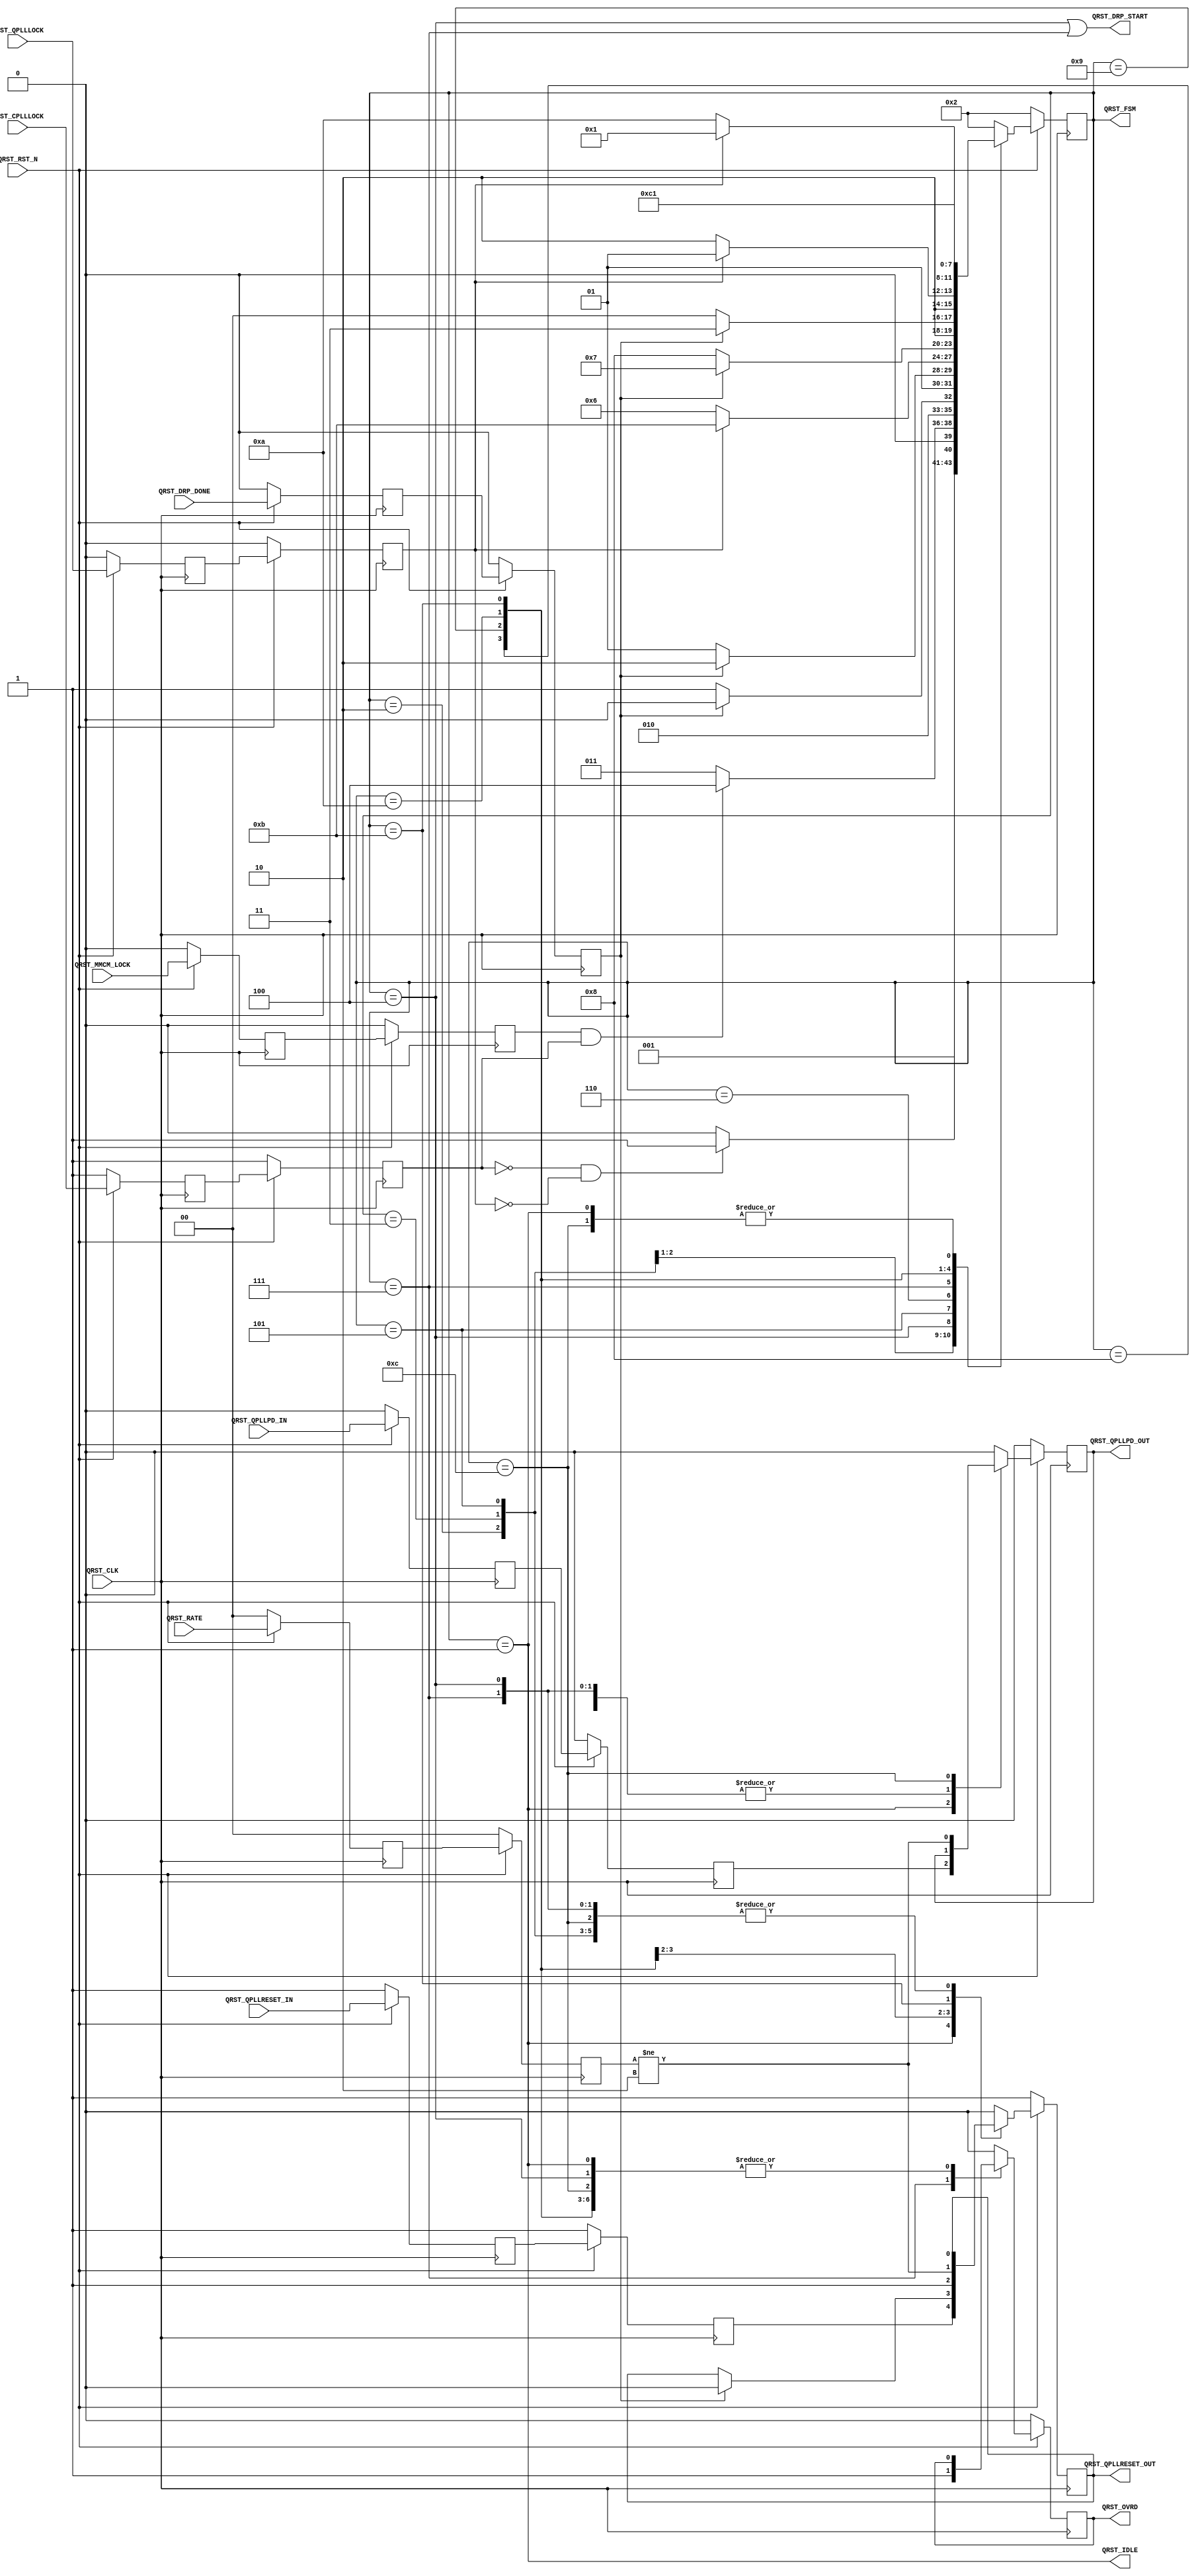
//-----------------------------------------------------------------------------
//
// (c) Copyright 2010-2011 Xilinx, Inc. All rights reserved.
//
// This file contains confidential and proprietary information
// of Xilinx, Inc. and is protected under U.S. and
// international copyright and other intellectual property
// laws.
//
// DISCLAIMER
// This disclaimer is not a license and does not grant any
// rights to the materials distributed herewith. Except as
// otherwise provided in a valid license issued to you by
// Xilinx, and to the maximum extent permitted by applicable
// law: (1) THESE MATERIALS ARE MADE AVAILABLE "AS IS" AND
// WITH ALL FAULTS, AND XILINX HEREBY DISCLAIMS ALL WARRANTIES
// AND CONDITIONS, EXPRESS, IMPLIED, OR STATUTORY, INCLUDING
// BUT NOT LIMITED TO WARRANTIES OF MERCHANTABILITY, NON-
// INFRINGEMENT, OR FITNESS FOR ANY PARTICULAR PURPOSE; and
// (2) Xilinx shall not be liable (whether in contract or tort,
// including negligence, or under any other theory of
// liability) for any loss or damage of any kind or nature
// related to, arising under or in connection with these
// materials, including for any direct, or any indirect,
// special, incidental, or consequential loss or damage
// (including loss of data, profits, goodwill, or any type of
// loss or damage suffered as a result of any action brought
// by a third party) even if such damage or loss was
// reasonably foreseeable or Xilinx had been advised of the
// possibility of the same.
//
// CRITICAL APPLICATIONS
// Xilinx products are not designed or intended to be fail-
// safe, or for use in any application requiring fail-safe
// performance, such as life-support or safety devices or
// systems, Class III medical devices, nuclear facilities,
// applications related to the deployment of airbags, or any
// other applications that could lead to death, personal
// injury, or severe property or environmental damage
// (individually and collectively, "Critical
// Applications"). Customer assumes the sole risk and
// liability of any use of Xilinx products in Critical
// Applications, subject only to applicable laws and
// regulations governing limitations on product liability.
//
// THIS COPYRIGHT NOTICE AND DISCLAIMER MUST BE RETAINED AS
// PART OF THIS FILE AT ALL TIMES.
//
//-----------------------------------------------------------------------------
// Project    : Series-7 Integrated Block for PCI Express
// Version    : 3.2
//------------------------------------------------------------------------------
//  Description  :  QPLL Reset Module for 7 Series Transceiver
//  Version      :  11.4
//------------------------------------------------------------------------------


`timescale 1ns / 1ps



//---------- QPLL Reset Module --------------------------------------------------
(* DowngradeIPIdentifiedWarnings = "yes" *)
module PCIeGen2x8If128_qpll_reset #
(

    //---------- Global ------------------------------------
    parameter PCIE_PLL_SEL       = "CPLL",                  // PCIe PLL select for Gen1/Gen2 only
    parameter PCIE_POWER_SAVING  = "TRUE",                  // PCIe power saving
    parameter PCIE_LANE          = 1,                       // PCIe number of lanes
    parameter BYPASS_COARSE_OVRD = 1                        // Bypass coarse frequency override

)

(

    //---------- Input -------------------------------------
    input                           QRST_CLK,
    input                           QRST_RST_N,
    input                           QRST_MMCM_LOCK,
    input       [PCIE_LANE-1:0]     QRST_CPLLLOCK,
    input       [(PCIE_LANE-1)>>2:0]QRST_DRP_DONE,
    input       [(PCIE_LANE-1)>>2:0]QRST_QPLLLOCK,
    input       [ 1:0]              QRST_RATE,
    input       [PCIE_LANE-1:0]     QRST_QPLLRESET_IN,
    input       [PCIE_LANE-1:0]     QRST_QPLLPD_IN,
    
    //---------- Output ------------------------------------                     
    output                          QRST_OVRD,
    output                          QRST_DRP_START,
    output                          QRST_QPLLRESET_OUT,
    output                          QRST_QPLLPD_OUT,
    output                          QRST_IDLE,
    output      [3:0]               QRST_FSM

);

    //---------- Input Register ----------------------------
(* ASYNC_REG = "TRUE", SHIFT_EXTRACT = "NO" *)    reg                             mmcm_lock_reg1;
(* ASYNC_REG = "TRUE", SHIFT_EXTRACT = "NO" *)    reg         [PCIE_LANE-1:0]     cplllock_reg1;
(* ASYNC_REG = "TRUE", SHIFT_EXTRACT = "NO" *)    reg         [(PCIE_LANE-1)>>2:0]drp_done_reg1;
(* ASYNC_REG = "TRUE", SHIFT_EXTRACT = "NO" *)    reg         [(PCIE_LANE-1)>>2:0]qplllock_reg1;
(* ASYNC_REG = "TRUE", SHIFT_EXTRACT = "NO" *)    reg         [ 1:0]              rate_reg1;
(* ASYNC_REG = "TRUE", SHIFT_EXTRACT = "NO" *)    reg         [PCIE_LANE-1:0]     qpllreset_in_reg1;
(* ASYNC_REG = "TRUE", SHIFT_EXTRACT = "NO" *)    reg         [PCIE_LANE-1:0]     qpllpd_in_reg1;

(* ASYNC_REG = "TRUE", SHIFT_EXTRACT = "NO" *)    reg                             mmcm_lock_reg2;
(* ASYNC_REG = "TRUE", SHIFT_EXTRACT = "NO" *)    reg         [PCIE_LANE-1:0]     cplllock_reg2;  
(* ASYNC_REG = "TRUE", SHIFT_EXTRACT = "NO" *)    reg         [(PCIE_LANE-1)>>2:0]drp_done_reg2;
(* ASYNC_REG = "TRUE", SHIFT_EXTRACT = "NO" *)    reg         [(PCIE_LANE-1)>>2:0]qplllock_reg2;
(* ASYNC_REG = "TRUE", SHIFT_EXTRACT = "NO" *)    reg         [ 1:0]              rate_reg2;
(* ASYNC_REG = "TRUE", SHIFT_EXTRACT = "NO" *)    reg         [PCIE_LANE-1:0]     qpllreset_in_reg2;
(* ASYNC_REG = "TRUE", SHIFT_EXTRACT = "NO" *)    reg         [PCIE_LANE-1:0]     qpllpd_in_reg2;
    
    //---------- Output Register  --------------------------
    reg                             ovrd              =  1'd0;
    reg                             qpllreset         =  1'd1;
    reg                             qpllpd            =  1'd0;
    reg         [3:0]               fsm               =  2;                 
   
    //---------- FSM ---------------------------------------                                         
    localparam                      FSM_IDLE          = 1;//12'b000000000001; 
    localparam                      FSM_WAIT_LOCK     = 2;//12'b000000000010;
    localparam                      FSM_MMCM_LOCK     = 3;//12'b000000000100;   
    localparam                      FSM_DRP_START_NOM = 4;//12'b000000001000;
    localparam                      FSM_DRP_DONE_NOM  = 5;//12'b000000010000;
    localparam                      FSM_QPLLLOCK      = 6;//12'b000000100000;
    localparam                      FSM_DRP_START_OPT = 7;//12'b000001000000;                            
    localparam                      FSM_DRP_DONE_OPT  = 8;//12'b000010000000;
    localparam                      FSM_QPLL_RESET    = 9;//12'b000100000000;                                                         
    localparam                      FSM_QPLLLOCK2     = 10;//12'b001000000000;
    localparam                      FSM_QPLL_PDRESET  = 11;//12'b010000000000;
    localparam                      FSM_QPLL_PD       = 12;//12'b100000000000;                                         
 
 
    
//---------- Input FF ----------------------------------------------------------
always @ (posedge QRST_CLK)
begin

    if (!QRST_RST_N)
        begin    
        //---------- 1st Stage FF --------------------------
        mmcm_lock_reg1    <=  1'd0;
        cplllock_reg1     <= {PCIE_LANE{1'd1}}; 
        drp_done_reg1     <= {(((PCIE_LANE-1)>>2)+1){1'd0}};     
        qplllock_reg1     <= {(((PCIE_LANE-1)>>2)+1){1'd0}}; 
        rate_reg1         <=  2'd0; 
        qpllreset_in_reg1 <= {PCIE_LANE{1'd1}}; 
        qpllpd_in_reg1    <= {PCIE_LANE{1'd0}}; 
        //---------- 2nd Stage FF --------------------------
        mmcm_lock_reg2    <=  1'd0;
        cplllock_reg2     <= {PCIE_LANE{1'd1}};
        drp_done_reg2     <= {(((PCIE_LANE-1)>>2)+1){1'd0}}; 
        qplllock_reg2     <= {(((PCIE_LANE-1)>>2)+1){1'd0}}; 
        rate_reg2         <=  2'd0;
        qpllreset_in_reg2 <= {PCIE_LANE{1'd1}}; 
        qpllpd_in_reg2    <= {PCIE_LANE{1'd0}};  
        end
    else
        begin  
        //---------- 1st Stage FF --------------------------
        mmcm_lock_reg1    <= QRST_MMCM_LOCK;   
        cplllock_reg1     <= QRST_CPLLLOCK; 
        drp_done_reg1     <= QRST_DRP_DONE; 
        qplllock_reg1     <= QRST_QPLLLOCK;
        rate_reg1         <= QRST_RATE; 
        qpllreset_in_reg1 <= QRST_QPLLRESET_IN;
        qpllpd_in_reg1    <= QRST_QPLLPD_IN;
        //---------- 2nd Stage FF --------------------------
        mmcm_lock_reg2    <= mmcm_lock_reg1;
        cplllock_reg2     <= cplllock_reg1;
        drp_done_reg2     <= drp_done_reg1; 
        qplllock_reg2     <= qplllock_reg1;
        rate_reg2         <= rate_reg1;
        qpllreset_in_reg2 <= qpllreset_in_reg1;
        qpllpd_in_reg2    <= qpllpd_in_reg1;
        end
        
end    



//---------- QPLL Reset FSM ----------------------------------------------------
always @ (posedge QRST_CLK)
begin

    if (!QRST_RST_N)
        begin
        fsm       <= FSM_WAIT_LOCK;
        ovrd      <= 1'd0;
        qpllreset <= 1'd1;
        qpllpd    <= 1'd0;
        end
    else
        begin
        
        case (fsm)
            
        //---------- Idle State ----------------------------
        FSM_IDLE :
        
            begin
            if (!QRST_RST_N)
                begin
                fsm       <= FSM_WAIT_LOCK;
                ovrd      <= 1'd0;
                qpllreset <= 1'd1;
                qpllpd    <= 1'd0;
                end
            else
                begin
                fsm       <= FSM_IDLE;
                ovrd      <= ovrd;
                qpllreset <= &qpllreset_in_reg2;
                qpllpd    <= &qpllpd_in_reg2;
                end
            end  
            
        //---------- Wait for CPLL and QPLL to Lose Lock ---
        FSM_WAIT_LOCK :
        
            begin
            fsm       <= ((&(~cplllock_reg2)) && (&(~qplllock_reg2)) ? FSM_MMCM_LOCK : FSM_WAIT_LOCK);
            ovrd      <= ovrd;
            qpllreset <= qpllreset;
            qpllpd    <= qpllpd;
            end      
            
        //---------- Wait for MMCM and CPLL Lock -----------
        FSM_MMCM_LOCK :
        
            begin
            fsm       <= ((mmcm_lock_reg2 && (&cplllock_reg2)) ? FSM_DRP_START_NOM : FSM_MMCM_LOCK);
            ovrd      <= ovrd;
            qpllreset <= qpllreset;
            qpllpd    <= qpllpd;
            end      
            
        //---------- Start QPLL DRP for Normal QPLL Lock Mode 
        FSM_DRP_START_NOM:
        
            begin
            fsm       <= (&(~drp_done_reg2) ? FSM_DRP_DONE_NOM : FSM_DRP_START_NOM);
            ovrd      <= ovrd;
            qpllreset <= qpllreset;
            qpllpd    <= qpllpd;
            end

        //---------- Wait for QPLL DRP Done ----------------
        FSM_DRP_DONE_NOM :
        
            begin
            fsm       <= (&drp_done_reg2 ? FSM_QPLLLOCK : FSM_DRP_DONE_NOM);
            ovrd      <= ovrd;
            qpllreset <= qpllreset;
            qpllpd    <= qpllpd;
            end 
            
        //---------- Wait for QPLL Lock --------------------
        FSM_QPLLLOCK :
        
            begin
            fsm       <= (&qplllock_reg2 ? ((BYPASS_COARSE_OVRD == 1) ? FSM_QPLL_PDRESET : FSM_DRP_START_OPT) : FSM_QPLLLOCK);
            ovrd      <= ovrd;
            qpllreset <= 1'd0;
            qpllpd    <= qpllpd;
            end
            
        //---------- Start QPLL DRP for Optimized QPLL Lock Mode 
        FSM_DRP_START_OPT:
        
            begin
            fsm       <= (&(~drp_done_reg2) ? FSM_DRP_DONE_OPT : FSM_DRP_START_OPT);
            ovrd      <= 1'd1;
            qpllreset <= qpllreset;
            qpllpd    <= qpllpd;
            end

        //---------- Wait for QPLL DRP Done ----------------
        FSM_DRP_DONE_OPT :
        
            begin
            if (&drp_done_reg2)
                begin
                fsm       <= ((PCIE_PLL_SEL == "QPLL") ? FSM_QPLL_RESET : FSM_QPLL_PDRESET);
                ovrd      <= ovrd;
                qpllreset <= (PCIE_PLL_SEL == "QPLL");
                qpllpd    <= qpllpd;
                end
            else
                begin
                fsm       <= FSM_DRP_DONE_OPT;
                ovrd      <= ovrd;
                qpllreset <= qpllreset;
                qpllpd    <= qpllpd;
                end
            end 
            
        //---------- Reset QPLL ----------------------------
        FSM_QPLL_RESET :
            
            begin
            fsm       <= (&(~qplllock_reg2) ? FSM_QPLLLOCK2 : FSM_QPLL_RESET);  
            ovrd      <= ovrd;
            qpllreset <= 1'd1;
            qpllpd    <= 1'd0;
            end     
            
        //---------- Wait for QPLL Lock --------------------
        FSM_QPLLLOCK2 :
        
            begin
            fsm       <= (&qplllock_reg2 ? FSM_IDLE : FSM_QPLLLOCK2);
            ovrd      <= ovrd;
            qpllreset <= 1'd0;
            qpllpd    <= 1'd0;
            end
            
        //---------- Hold QPLL in Reset --------------------
        FSM_QPLL_PDRESET :
        
            begin
            fsm       <= FSM_QPLL_PD;
            ovrd      <= ovrd;
            qpllreset <= (PCIE_PLL_SEL == "CPLL") ? (rate_reg2 != 2'd2) : 1'd0; 
            qpllpd    <= qpllpd;
            end
            
        //---------- Power-down QPLL ----------------------- 
        FSM_QPLL_PD :
        
            begin
            fsm       <= FSM_IDLE;
            ovrd      <= ovrd;
            qpllreset <= qpllreset;
            qpllpd    <= (PCIE_PLL_SEL == "CPLL") ? (rate_reg2 != 2'd2) : 1'd0; 
            end 
                
        //---------- Default State -------------------------
        default :
        
            begin
            fsm       <= FSM_WAIT_LOCK;
            ovrd      <= 1'd0;
            qpllreset <= 1'd0;
            qpllpd    <= 1'd0;
            end

        endcase
        
        end
        
end



//---------- QPLL Lock Output --------------------------------------------------
assign QRST_OVRD          = ovrd;
assign QRST_DRP_START     = (fsm == FSM_DRP_START_NOM) || (fsm == FSM_DRP_START_OPT); 
assign QRST_QPLLRESET_OUT = qpllreset;
assign QRST_QPLLPD_OUT    = ((PCIE_POWER_SAVING == "FALSE") ? 1'd0 : qpllpd);  
assign QRST_IDLE          = (fsm == FSM_IDLE);
assign QRST_FSM           = fsm;                   



endmodule